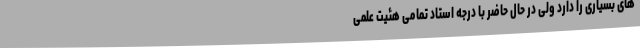
های بسیاری را دارد ولی در حال حاضر با درجه استاد تمامی هئیت علمی